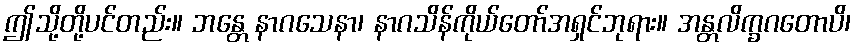
ဤသို့တို့ပင်တည်း။ ဘန္တေ နာဂသေနာ၊ နာဂသိန်ကိုယ်တော်အရှင်ဘုရား။ အန္တလိက္ခဂတောပိ၊